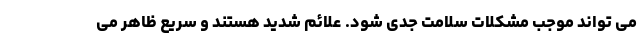
می تواند موجب مشکلات سلامت جدی شود. علائم شدید هستند و سریع ظاهر می